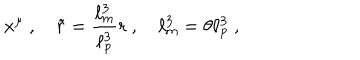
LaTeX: x ^ { \mu } \ , \quad \tilde { r } = \frac { \ell _ { \mathrm { m } } ^ { 3 } } { \ell _ { \mathrm { p } } ^ { 3 } } r \ , \quad \ell _ { \mathrm { m } } ^ { 3 } = \theta \ell _ { \mathrm { p } } ^ { 3 } \ ,